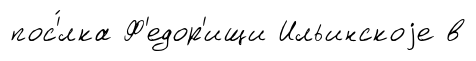
пос'́лка Ф'едор'ищи Ильинскоjе в